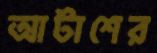
আটাশের